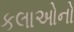
કલાઓનો